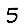
Digit: 5